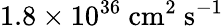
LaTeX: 1.8\times 10^{36}\ \textrm{cm}^{2}\ \textrm{s}^{-1}